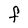
Character: F